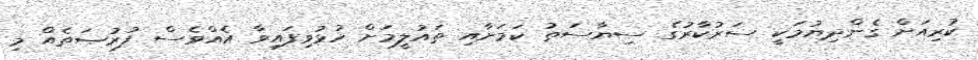
ކުރިއަށް ގެންދިޔުމަކީ ސަރުކާރުގެ ސިޔާސަތު ކަމަށާއި ތައުލީމަށް ހުޅުވިފައިވާ އެއްވެސް ފުރުޞަތެއް މި